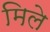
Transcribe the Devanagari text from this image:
मिले